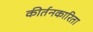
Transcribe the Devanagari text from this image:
कीर्तनकारिता